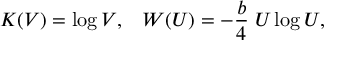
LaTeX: K ( V ) = \log V , \; \; \; W ( U ) = - { \frac { b } { 4 } } \; U \log U ,